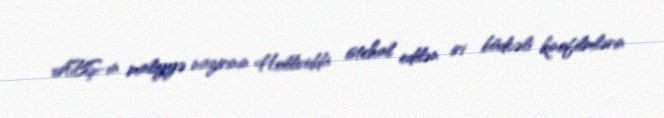
ABŞ-ın maliyyə nazirinin Hollividda istehal edilən iri büdcəli kinofilmlərin